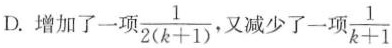
D.增加了一项$$\frac { 1 } { 2 ( k + 1 ) }$$，又减少了一项 $$\frac { 1 } { k + 1 }$$